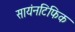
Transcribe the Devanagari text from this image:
सायंनटिफिक